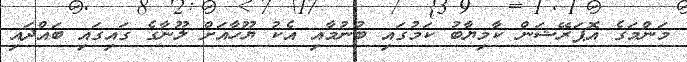
މަންމަގެ އޮޕަރޭޝަން ކާމިޔާބު ކަމުގައި ބުނުމާއި އެކު ޔޫހާއަށް ލޫނާގެ ގައިގައި ބައްދައި